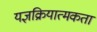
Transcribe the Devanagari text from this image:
यज्ञक्रियात्मकता